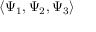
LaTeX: \langle \Psi _ { 1 } , \Psi _ { 2 } , \Psi _ { 3 } \rangle